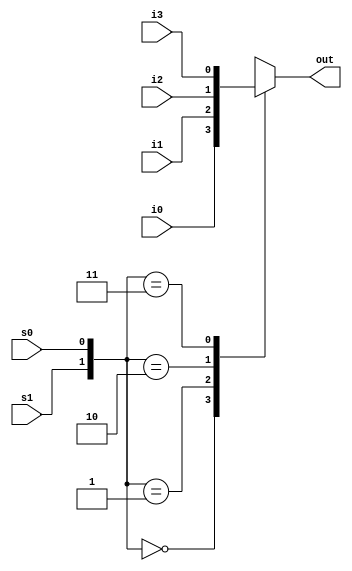
module mux4_to_1 (out, i0, i1, i2, i3, s1, s0);

output reg out;
input i0, i1, i2, i3;
input s1, s0;

always @(s1 or s0 or i0 or i1 or i2 or i3) begin
  case({s1, s0})
    2'd0: out = i0;
    2'd1: out = i1;
    2'd2: out = i2;
    2'd3: out = i3;
    default: $display("invalid control signals");
  endcase
end

endmodule